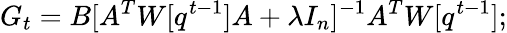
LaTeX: G_{t}=B[A^{T}W[q^{t-1}]A+\lambda I_{n}]^{-1}A^{T}W[q^{t-1}];